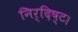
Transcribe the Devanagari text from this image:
निर्दिष्ट।